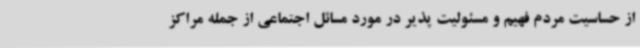
از حساسیت مردم فهیم و مسئولیت پذیر در مورد مسائل اجتماعی از جمله مراکز